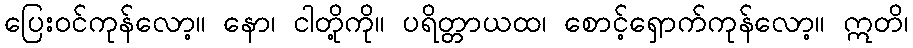
ပြေးဝင်ကုန်လော့။ နော၊ ငါတို့ကို။ ပရိတ္တာယထ၊ စောင့်ရှောက်ကုန်လော့။ ဣတိ၊